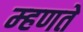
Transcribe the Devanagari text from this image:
म्‍हणते